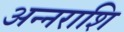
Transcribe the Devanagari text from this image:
अन्नराशि